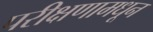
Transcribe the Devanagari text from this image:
परीक्षणामधून